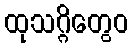
ထုသဂ္ဂိတွေဝ